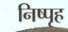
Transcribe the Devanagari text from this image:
निष्पृह